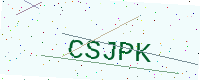
Text: CSJPK